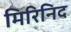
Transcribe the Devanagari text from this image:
मिरिनिद